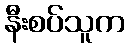
နီးစပ်သူက